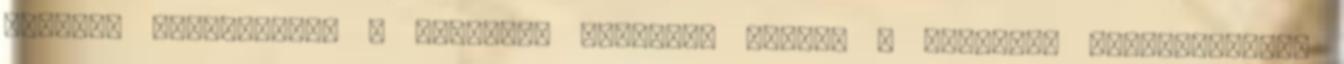
törzsek uralkodóját a szoláris tradíció nyomán a 'rádzsa' megjelöléssel